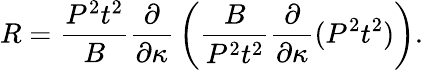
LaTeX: R={\frac{P^{2}t^{2}}{B}}{\frac{\partial}{\partial\kappa}}\left({\frac{B}{P^{2}t^{2}}}{\frac{\partial}{\partial\kappa}}(P^{2}t^{2})\right).